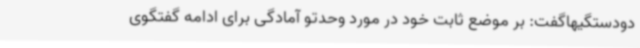
دودستگیهاگفت: بر موضع ثابت خود در مورد وحدتو آمادگی برای ادامه گفتگوی